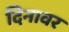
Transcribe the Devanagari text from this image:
दिनावर